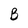
Character: B